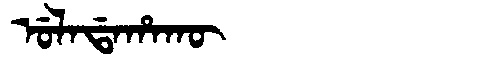
Manchu: ᡠᠯᠠᡩᠠᡥᠠᡴᡡ
Romanization: ULADAHAKŪ